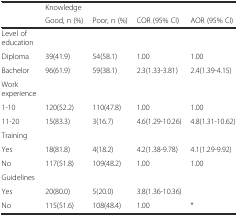
<table><thead><tr><td></td><td colspan="2"><b>Knowledge</b></td><td></td><td></td></tr><tr><td></td><td><b>Good, n (%)</b></td><td><b>Poor, n (%)</b></td><td><b>COR (95% CI)</b></td><td><b>AOR (95% CI)</b></td></tr></thead><tbody><tr><td>Level of education</td><td></td><td></td><td></td><td></td></tr><tr><td>Diploma</td><td>39(41.9)</td><td>54(58.1)</td><td>1.00</td><td>1.00</td></tr><tr><td>Bachelor</td><td>96(61.9)</td><td>59(38.1)</td><td>2.3(1.33-3.81)</td><td>2.4(1.39-4.15)</td></tr><tr><td>Work experience</td><td></td><td></td><td></td><td></td></tr><tr><td>1-10</td><td>120(52.2)</td><td>110(47.8)</td><td>1.00</td><td>1.00</td></tr><tr><td>11-20</td><td>15(83.3)</td><td>3(16.7)</td><td>4.6(1.29-10.26)</td><td>4.8(1.31-10.62)</td></tr><tr><td>Training</td><td></td><td></td><td></td><td></td></tr><tr><td>Yes</td><td>18(81.8)</td><td>4(18.2)</td><td>4.2(1.38-9.78)</td><td>4.1(1.29-9.92)</td></tr><tr><td>No</td><td>117(51.8)</td><td>109(48.2)</td><td>1.00</td><td>1.00</td></tr><tr><td>Guidelines</td><td></td><td></td><td></td><td></td></tr><tr><td>Yes</td><td>20(80.0)</td><td>5(20.0)</td><td>3.8(1.36-10.36)</td><td></td></tr><tr><td>No</td><td>115(51.6)</td><td>108(48.4)</td><td>1.00</td><td>*</td></tr></tbody></table>